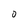
Character: 0